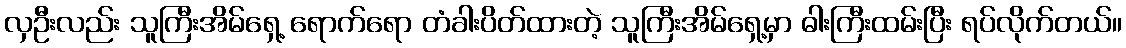
လှဦးလည်း သူကြီးအိမ်ရှေ့ ရောက်ရော တံခါးပိတ်ထားတဲ့ သူကြီးအိမ်ရှေ့မှာ ဓါးကြီးထမ်းပြီး ရပ်လိုက်တယ်။